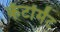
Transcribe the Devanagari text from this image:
केंटोंमेंट